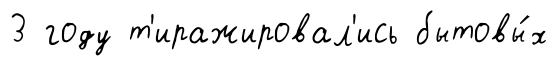
3 году т'иражировал'ись бытовы́х